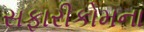
સફારીકોમના